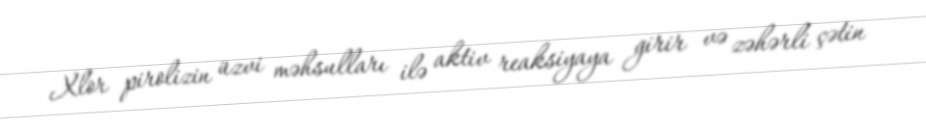
Xlor pirolizin üzvi məhsulları ilə aktiv reaksiyaya girir və zəhərli çətin